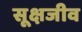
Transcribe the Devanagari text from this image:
सूक्षजीव